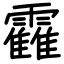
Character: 靃